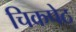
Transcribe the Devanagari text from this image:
चिकपेठ